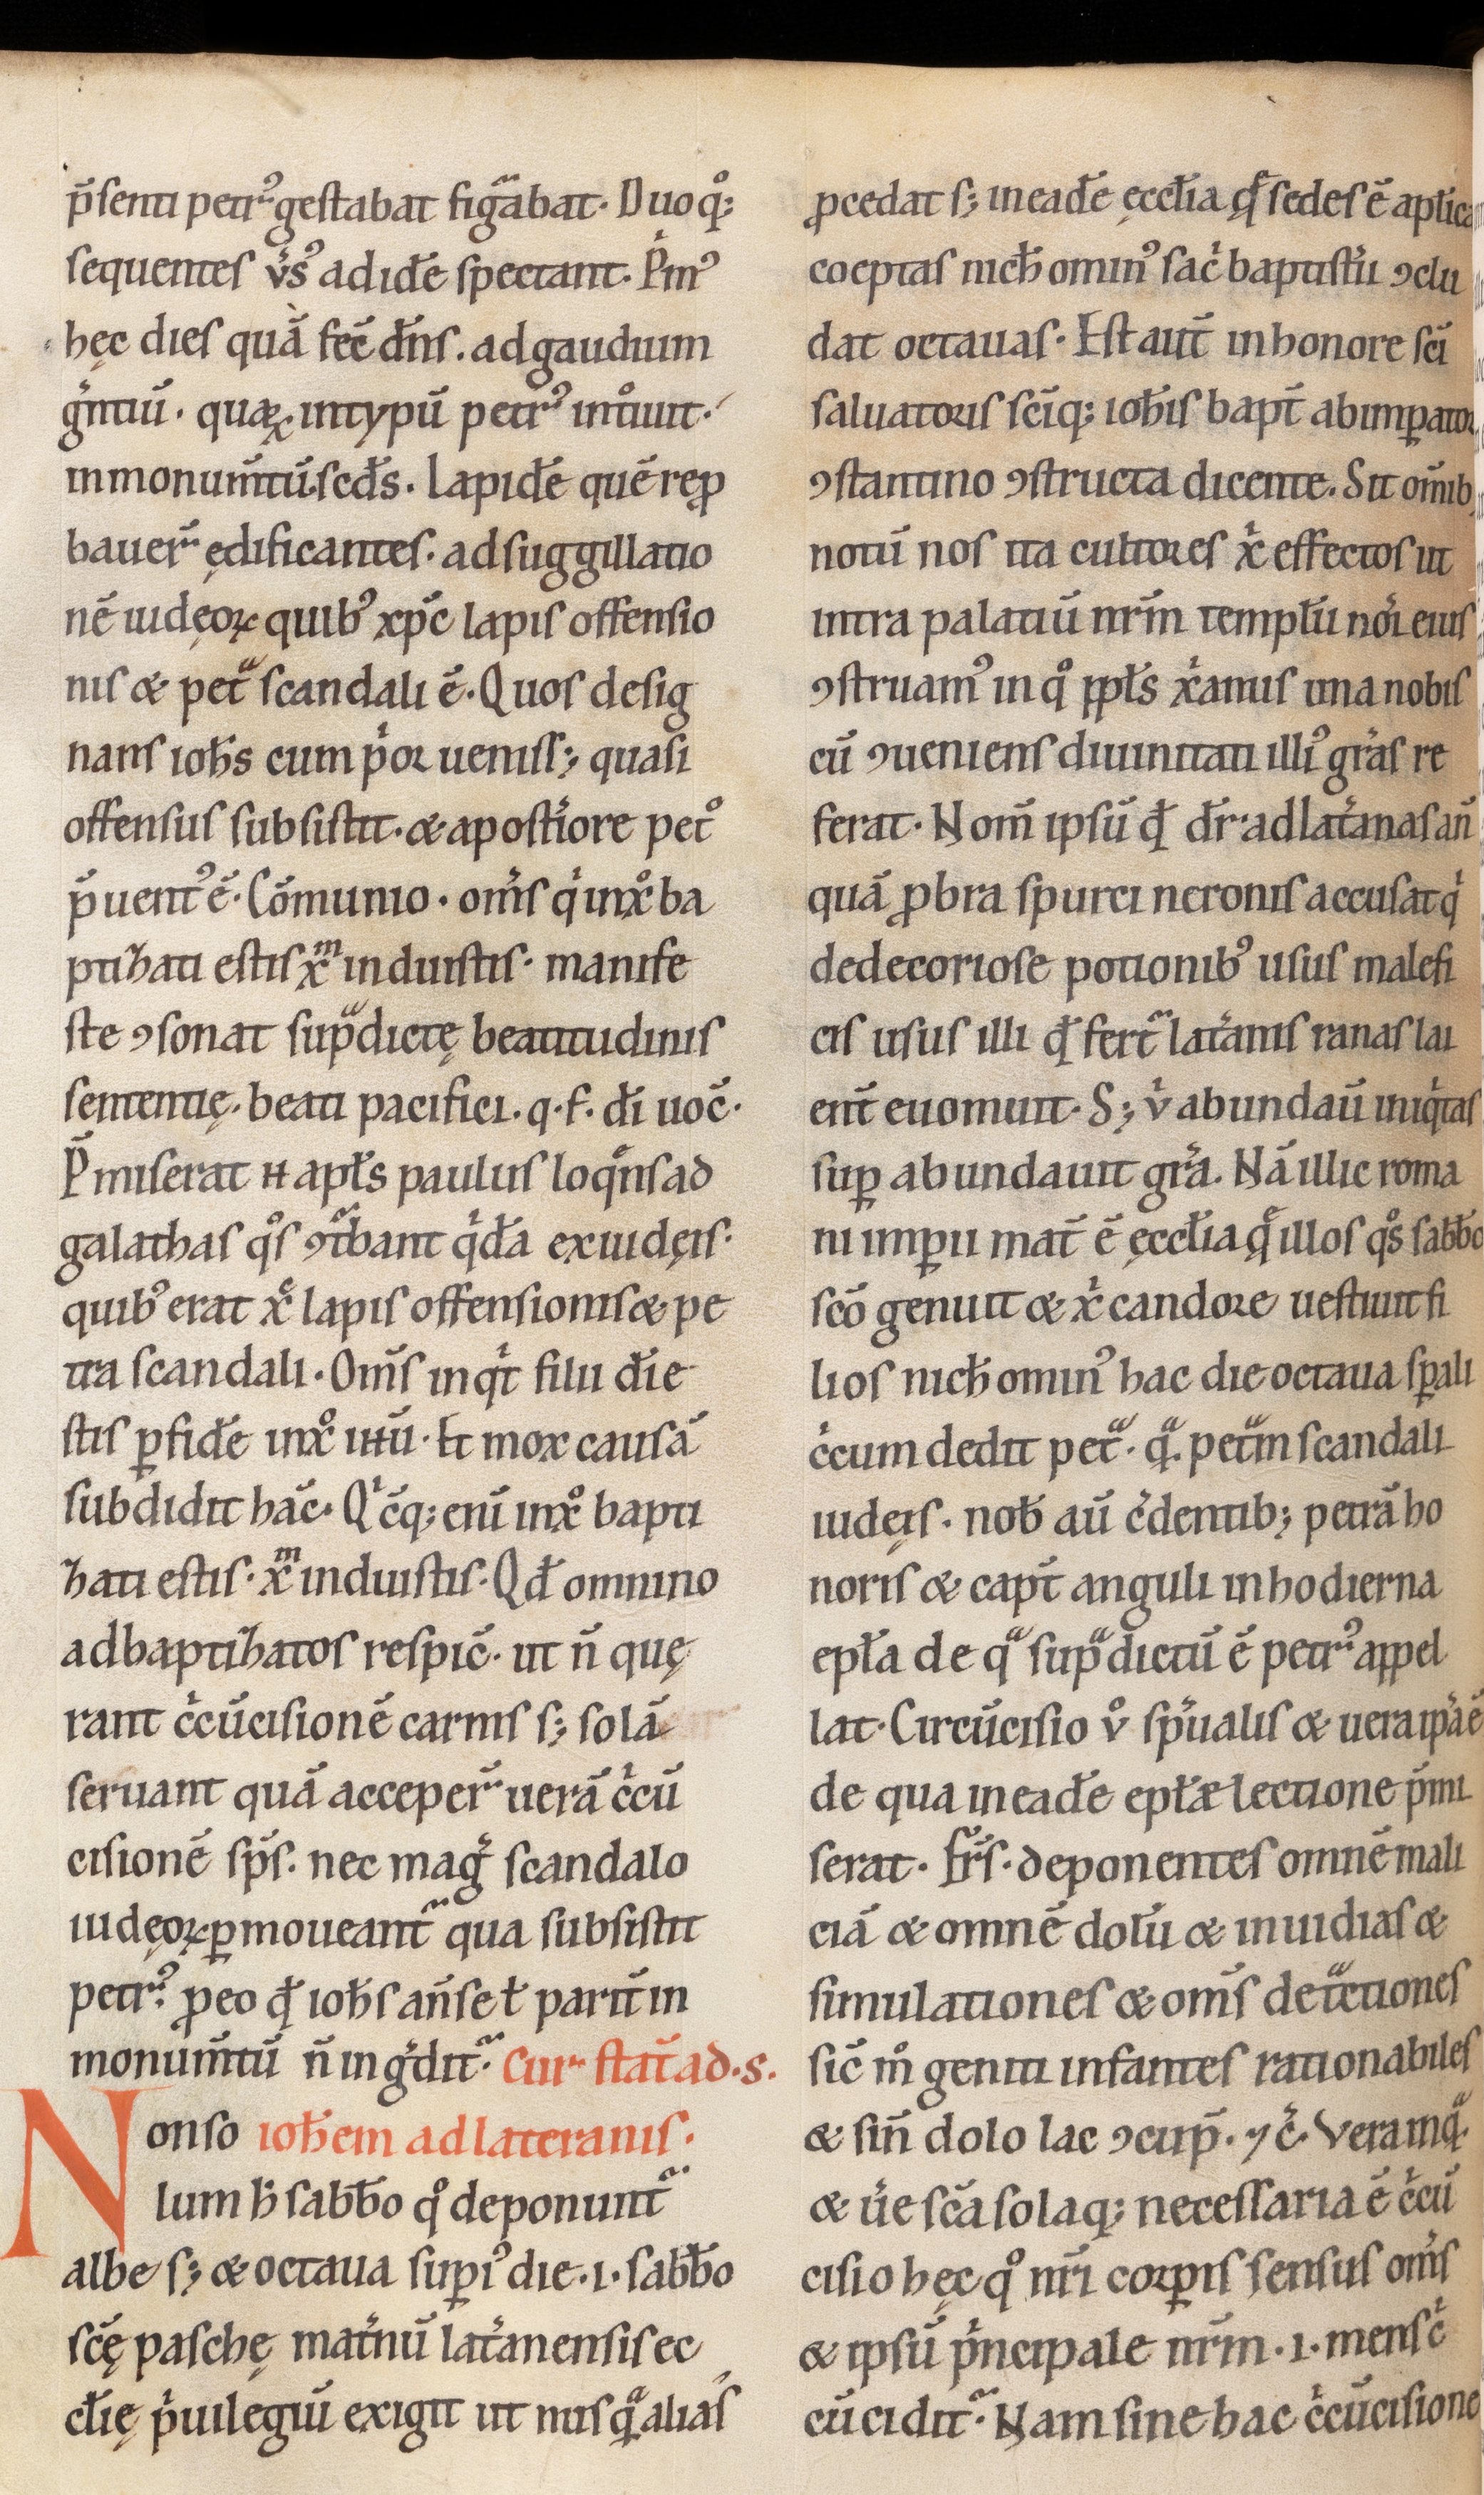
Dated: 1100–1199